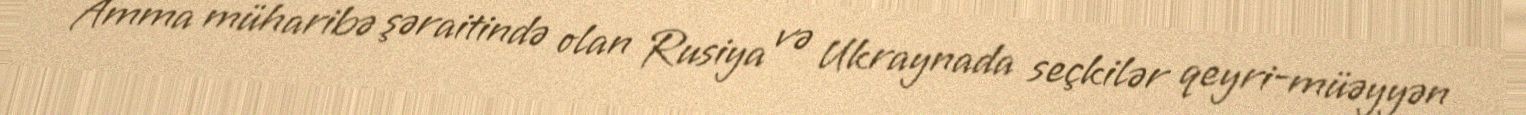
Amma müharibə şəraitində olan Rusiya və Ukraynada seçkilər qeyri-müəyyən